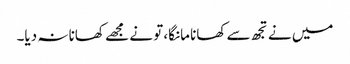
میں نے تجھ سے کھانا مانگا، تو نے مجھے کھانا نہ دیا۔